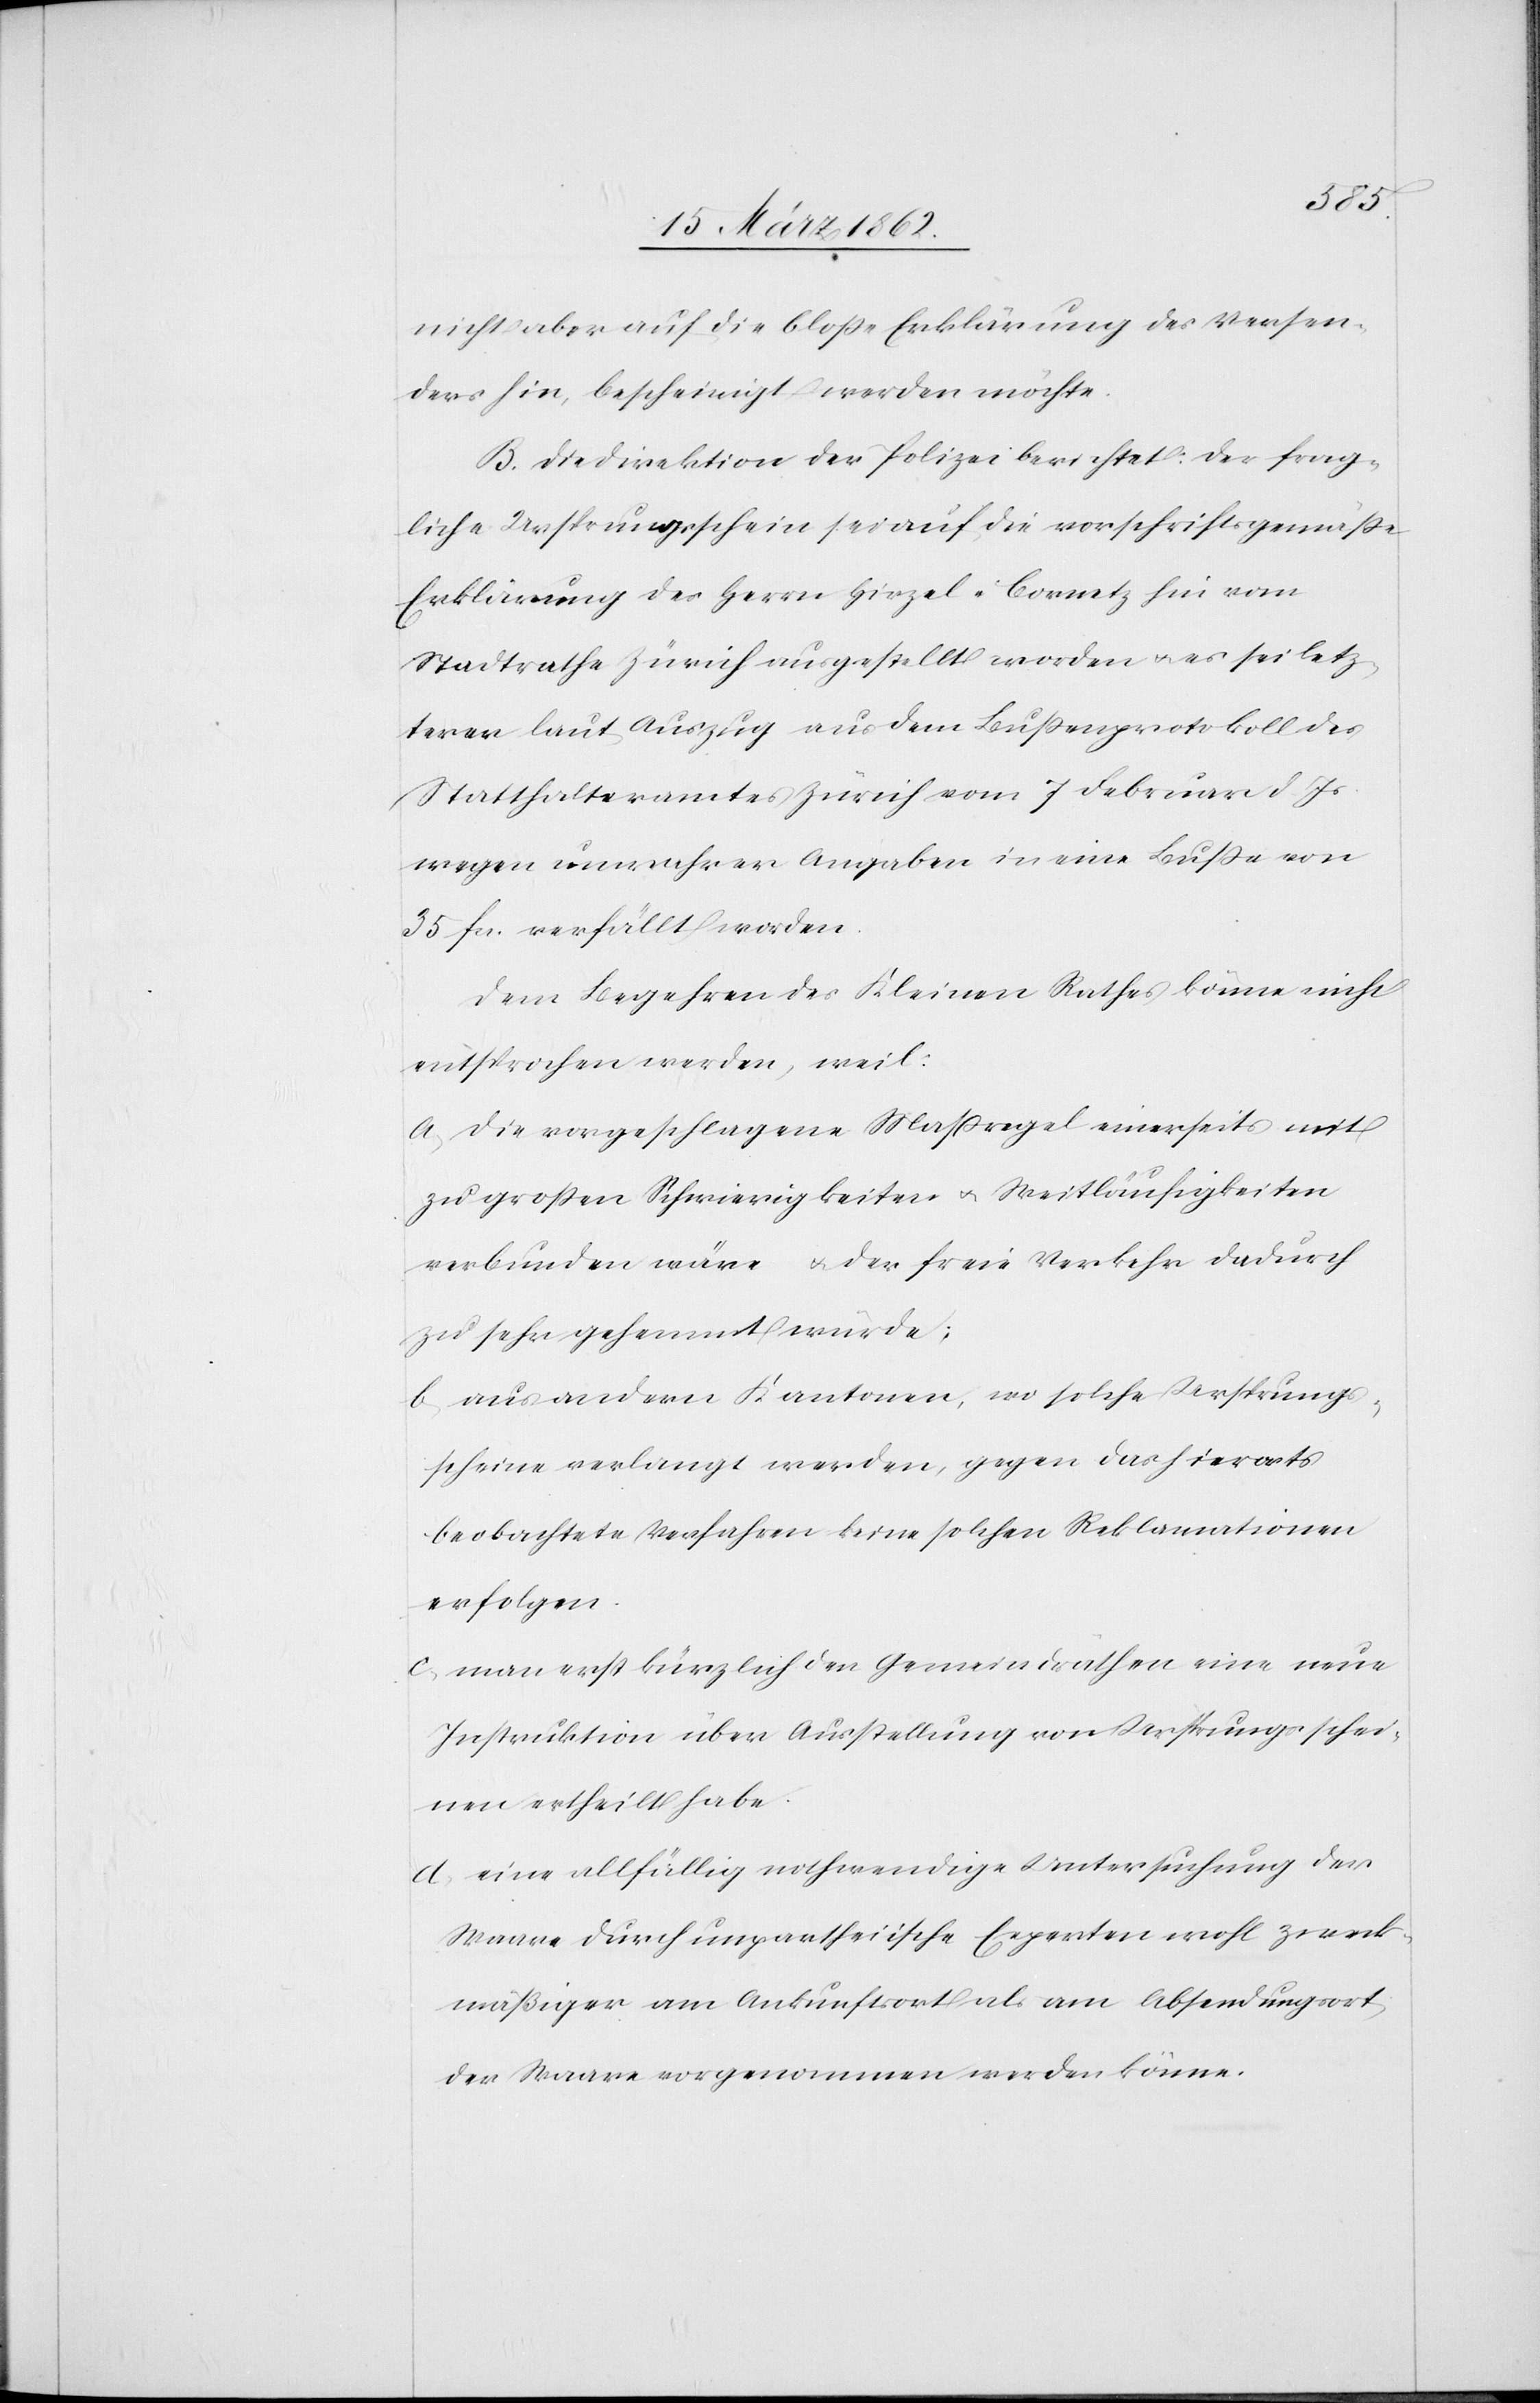
nicht aber auf die bloße Erklärung des Versen¬
ders hin, bescheinigt werden möchte.
B. Die Direktion der Polizei berichtet: Der frag¬
liche Ursprungsschein sei auf die vorschriftsgemäße
Erklärung des Herrn Hirzel-Cornetz hin vom
Stadtrathe Zürich ausgestellt worden u. es sei letz¬
terer laut Auszug aus dem Bußenprotokoll des
Statthalteramtes Zürich vom 7 Februar d. Js.
wegen unwahrer Angaben in eine Buße von
35 fcs. verfällt worden.
Dem Begehren des Kleinen Rathes könne nicht
entsprochen werden, weil:
a) die vorgeschlagene Maßregel einerseits mit
zu großen Schwierigkeiten u. Weitläufigkeiten
verbunden wäre u. der freie Verkehr dadurch
zu sehr gehemmt würde;
b) aus andern Kantonen, wo solche Ursprungs¬
scheine verlangt werden, gegen das hierorts
beobachtete Verfahren keine solchen Reklamationen
erfolgen.
c) man erst kürzlich den Gemeindräthen eine neue
Instruktion über Ausstellung von Ursprungsschei¬
nen ertheilt habe.
d) eine allfällig nothwendige Untersuchung der
Waare durch unpartheiische Experten wohl zweck¬
mäßiger am Ankunftsort als am Absendungsort
der Waare vorgenommen werden könne.